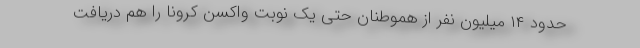
حدود ۱۴ میلیون نفر از هموطنان حتی یک نوبت واکسن کرونا را هم دریافت